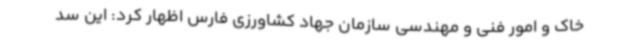
خاک و امور فنی و مهندسی سازمان جهاد کشاورزی فارس اظهار کرد: این سد